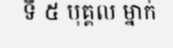
ទី ៥ បុគ្គល ម្នាក់